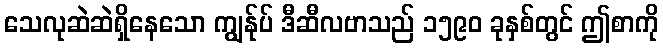
သေလုဆဲဆဲရှိနေသော ကျွန်ုပ် ဒီဆီလဗာသည် ၁၅၉၀ ခုနှစ်တွင် ဤစာကို